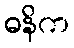
ဓနိက